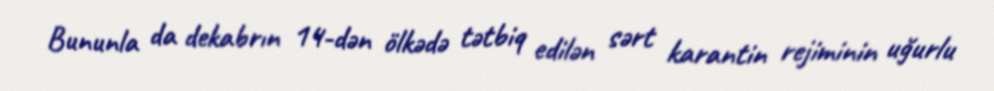
Bununla da dekabrın 14-dən ölkədə tətbiq edilən sərt karantin rejiminin uğurlu